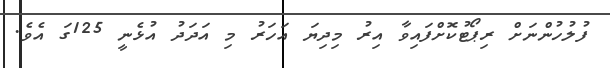
ފުލުހުންނަށް ރިޕޯޓުކޮށްފައިވާ އިރު މިދިޔަ އަހަރު މި އަދަދު އުޅެނީ 125ގަ އެވެ.